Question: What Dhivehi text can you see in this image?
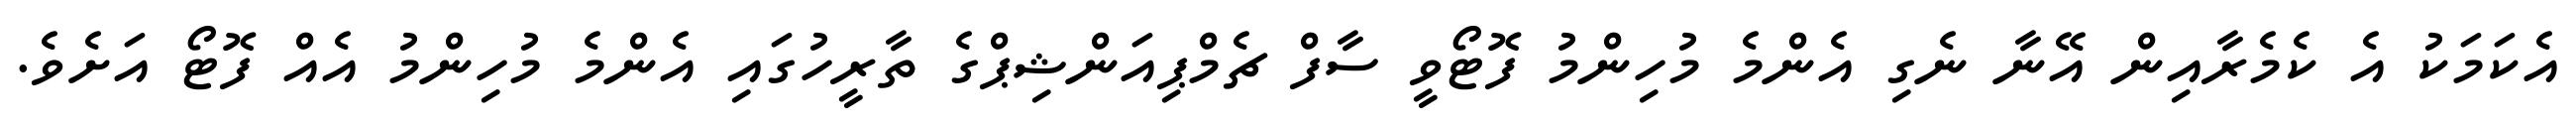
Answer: އެކަމަކު އެ ކެމެރާއިން އޭނާ ނެގި އެންމެ މުހިންމު ފޮޓޯވީ ސާފް ޗެމްޕިއަންޝިޕްގެ ތާރީހުގައި އެންމެ މުހިންމު އެއް ފޮޓޯ އަށެވެ.